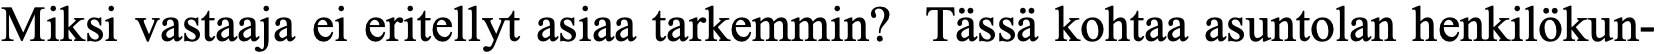
Miksi vastaaja ei eritellyt asiaa tarkemmin? Tässä kohtaa asuntolan henkilökun-